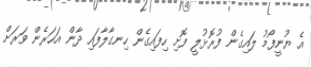
އެ ޔުނީފޯމު ލައިގެން ފުރޮޅުލީ ފޮށި ހިފައިގެން ހިނގާލާފައި ދާން އަހަރެން ވަރަށް